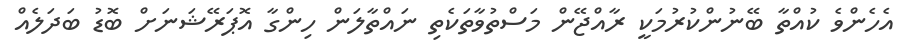
އެހެންވެ ކުއްތާ ބޭނުންކުރުމަކީ ރާއްޖޭން މަސްތުވާތަކެތި ނައްތާލަން ހިންގާ އޮޕަރޭޝަނަށް ބޮޑު ބަދަލެއް